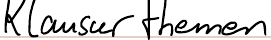
Klausurthemen